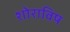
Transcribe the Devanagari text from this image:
शोराविष